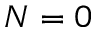
N = 0